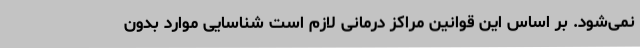
نمی‌شود. بر اساس این قوانین مراکز درمانی لازم است شناسایی موارد بدون